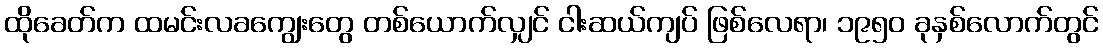
ထိုခေတ်က ထမင်းလခကျွေးတွေ တစ်ယောက်လျှင် ငါးဆယ်ကျပ် ဖြစ်လေရာ၊ ၁၉၅၀ ခုနှစ်လောက်တွင်